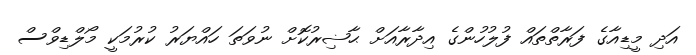
އަދި މީޑިއާގެ ފަރާތްތައް ފުލުހުންގެ އިދާރާއަށް ޙާޟިރުކޮށް ނުވަތަ ހައްޔަރު ކުރުމަކީ މޯލްޑިވްސް